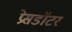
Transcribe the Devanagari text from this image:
प्रेसडॉटर